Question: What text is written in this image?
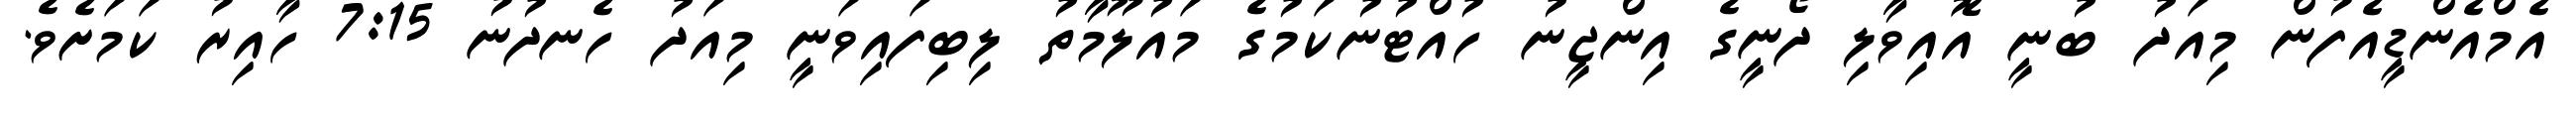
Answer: އެމްއެންޑީއެފުން މިއަދު ބުނީ އޮއިވާލި ދޯނީގެ އިންޖީނު ހުއްޓުނުކަމުގެ މައުލޫމާތު ލިބިފައިވަނީ މިއަދު ހެނދުނު 7:15 ހާއިރު ކަމަށެވެ.